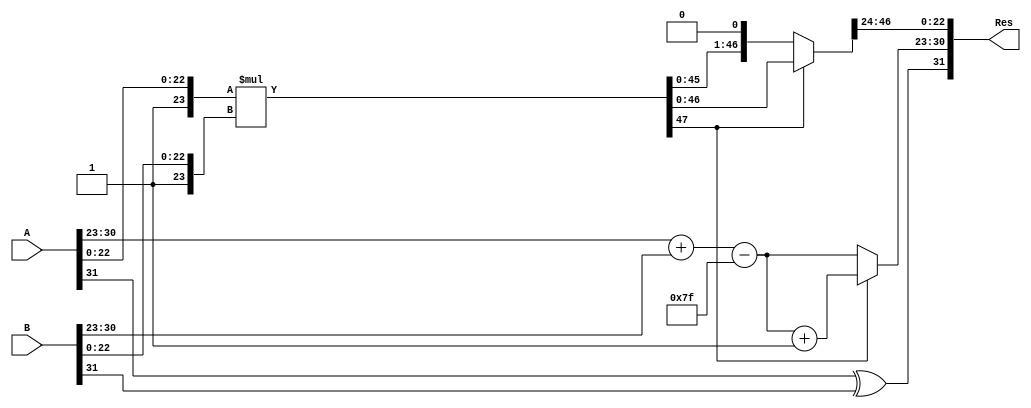
`timescale 1ns / 1ps
//////////////////////////////////////////////////////////////////////////////////
// Company: 
// Engineer: 
// 
// Design Name: 
// Module Name: multiplier
// Project Name: 
// Target Devices: 
// Tool Versions: 
// Description: 
// 
// Dependencies: 
// 
// Revision:
// Revision 0.01 - File Created
// Additional Comments:
// 
//////////////////////////////////////////////////////////////////////////////////


module multiplier(A,B,Res

    );
    input [31:0] A,B;
    output reg [31:0] Res;
    
    reg sign_a, sign_b, sign_res;
    reg [7:0] exp_a, exp_b, exp_res;
    reg [23:0] frac_a, frac_b;
    reg [47:0] frac_tmp;
    reg [7:0] exp_tmp;
    reg flag;
    
    always @(*)
    begin
        // Extract sign, exponent, and significand
        sign_a = A[31];
        exp_a = A[30:23];
        frac_a = {1'b1, A[22:0]};
        
        sign_b = B[31];
        exp_b = B[30:23];
        frac_b = {1'b1, B[22:0]};
        
        // Calculate the sign of the result
        sign_res = sign_a ^ sign_b;
        
        // Add exponents
        exp_tmp = exp_a + exp_b - 127;
        
        // Multiply significands
        frac_tmp = frac_a * frac_b;
        
        
        // Normalize the result
        if (frac_tmp[47]) begin
            flag = 1'b0;
            exp_tmp = exp_tmp + 1;
        end
        else
        begin
            flag = 1'b1;
            frac_tmp = frac_tmp << 1;
        end
        
        
        // Pack the result
        exp_res = exp_tmp;
        Res = {sign_res, exp_res, frac_tmp[46:24]};

    end
endmodule